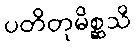
ပတိတုမိစ္ဆသိ